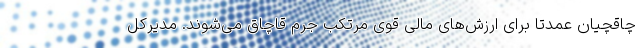
چاقچیان عمدتا برای ارزش‌های مالی قوی مرتکب جرم قاچاق می‌شوند. مدیرکل